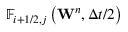
{ { \mathbb { F } } _ { i + 1 / 2 , j } } \left( { { \mathbf { W } } ^ { n } } , \Delta t / 2 \right)